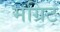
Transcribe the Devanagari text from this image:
मेग्रिट